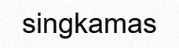
singkamas